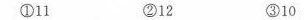
①11 ②12 ③10